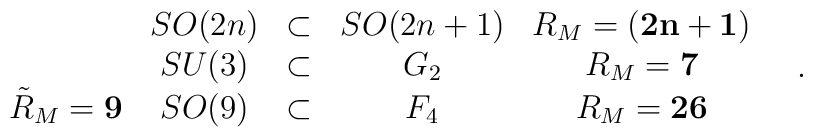
\begin{array}{ccccc}		 & SO(2n) & \subset & SO(2n+1) & R_M = {\bf (2n+1)}		\\		 & SU(3) & \subset & G_2 & R_M = {\bf 7}		\\		\tilde{R}_M = {\bf 9} & SO(9) & \subset & F_4 & R_M = {\bf 26}		\end{array} \quad .